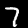
Digit: 7